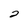
Character: 2